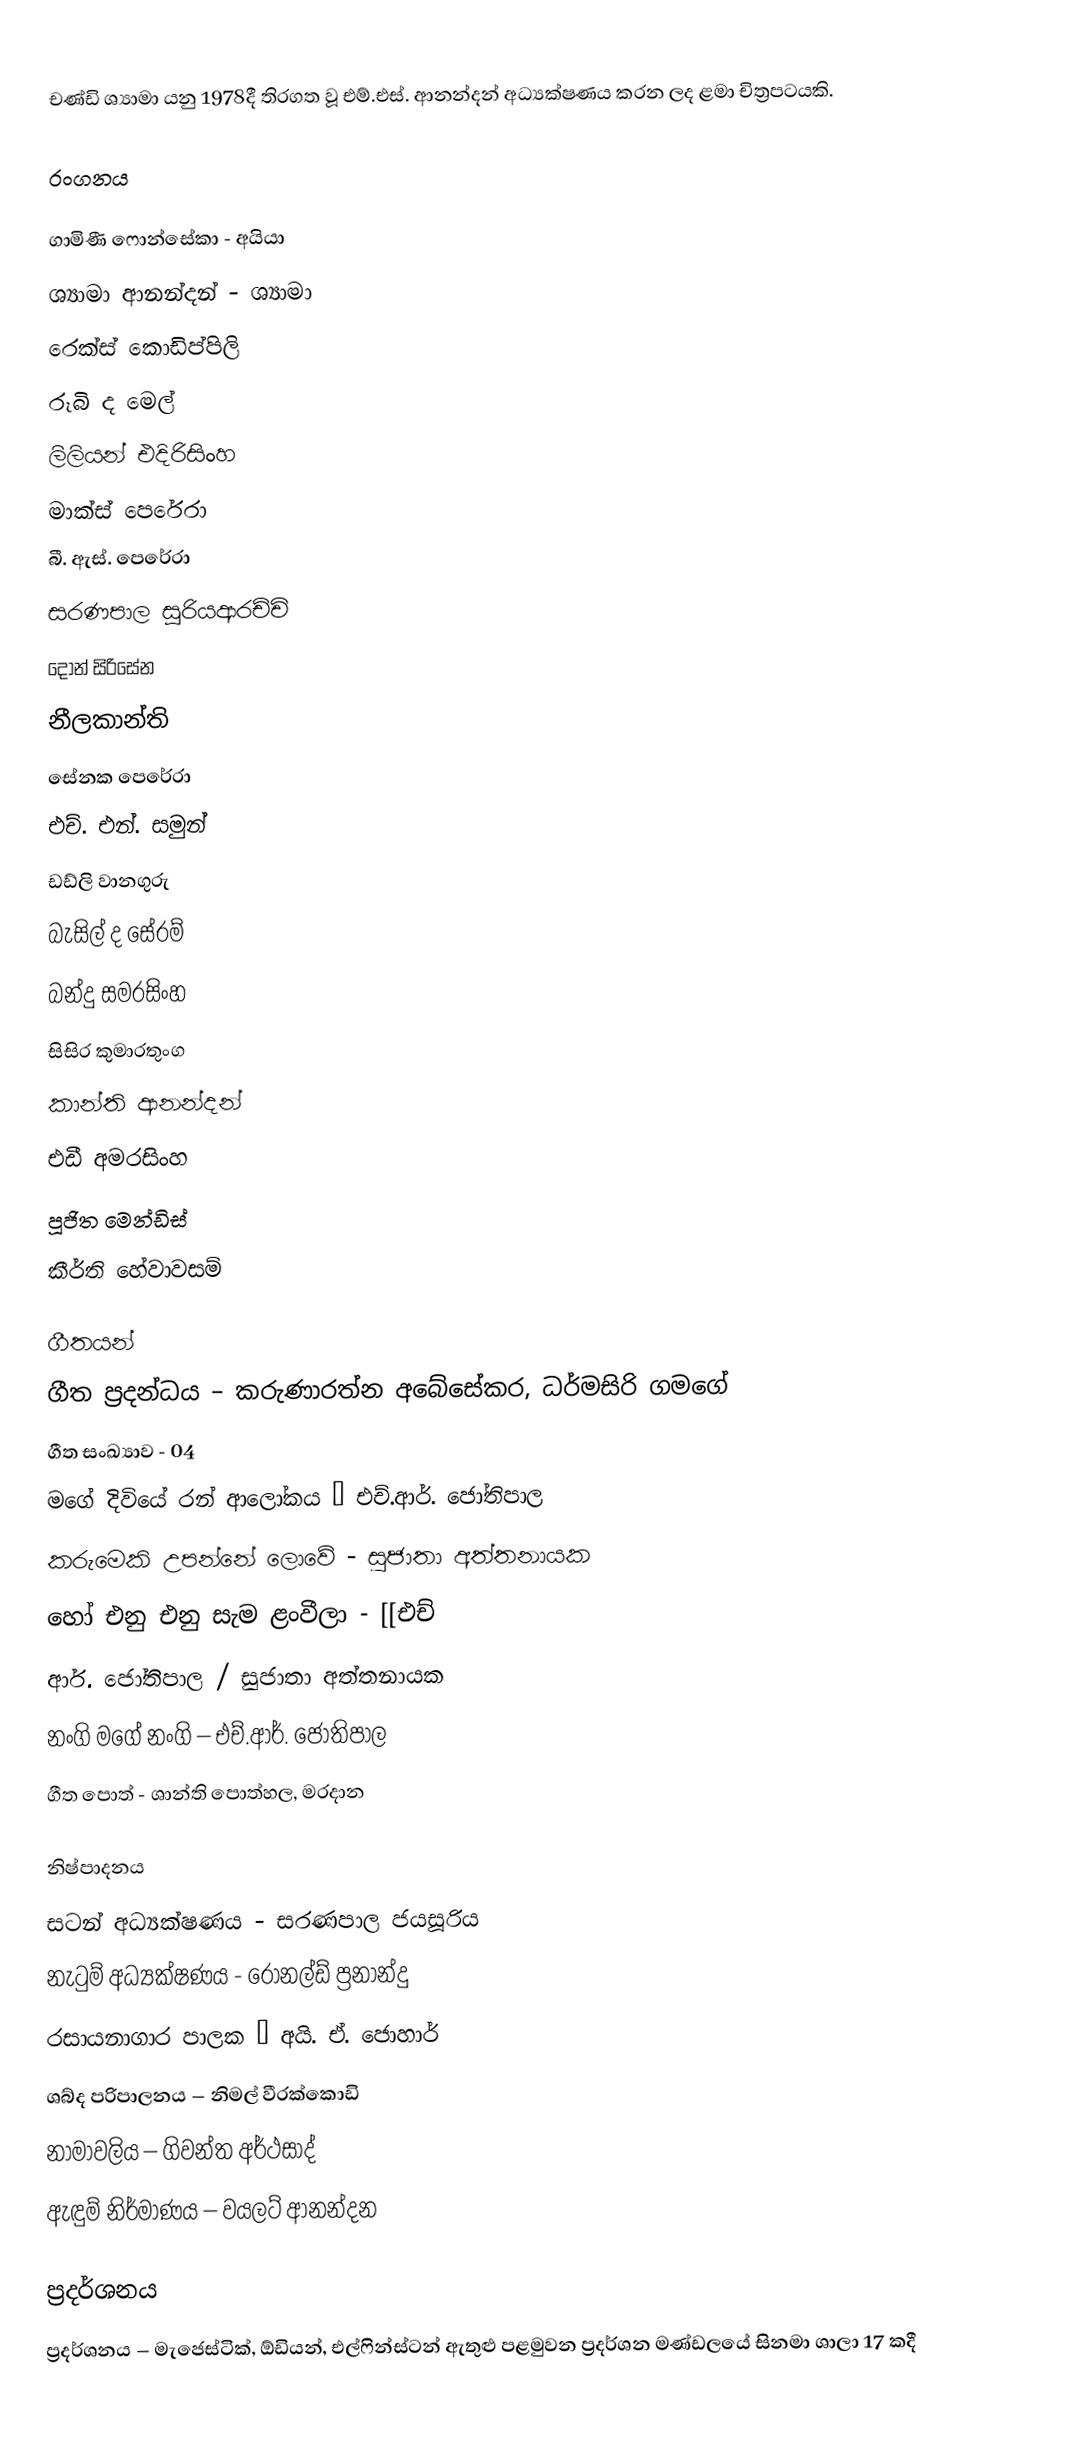
චණ්ඩි ශ්‍යාමා යනු 1978දී තිරගත වූ එම්.එස්. ආනන්දන් අධ්‍යක්ෂණය කරන ලද ළමා චිත්‍රපටයකි.

රංගනය

ගාමිණී ෆොන්සේකා - අයියා
ශ්‍යාමා ආනන්දන් - ශ්‍යාමා
රෙක්ස් කොඩිප්පිලි
රූබි ද මෙල්
ලිලියන් එදිරිසිංහ
මාක්ස් පෙරේරා
බී. ඇස්. පෙරේරා
සරණපාල සූරියආරච්චි
දොන් සිරිසේන
නීලකාන්ති
සේනක පෙරේරා
එච්. එන්. සමුන්
ඩඩ්ලි වානගුරු
බැසිල් ද සේරම්
බන්දු සමරසිංහ
සිසිර කුමාරතුංග
කාන්ති ආනන්දන්
එඩී අමරසිංහ
පූජිත මෙන්ඩිස්
කීර්ති හේවාවසම්

ගීතයන්
ගීත ප්‍රදන්ධය – කරුණාරත්න අබේසේකර, ධර්මසිරි ගමගේ
ගීත සංඛ්‍යාව - 04
මගේ දිවියේ රන් ආලෝකය – එච්.ආර්. ජෝතිපාල
කරුමෙකි උපන්නේ ලොවේ - සුජාතා අත්තනායක
හෝ එනු එනු සැම ළංවීලා - [[එච්
ආර්. ජෝතිපාල / සුජාතා අත්තනායක
නංගි මගේ නංගි – එච්.ආර්. ජෝතිපාල
ගීත පොත් - ශාන්ති පොත්හල, මරදාන

නිෂ්පාදනය
සටන් අධ්‍යක්ෂණය - සරණපාල ජයසූරිය
නැටුම් අධ්‍යක්ෂණය - රොනල්ඩ් ප්‍රනාන්දු
රසායනාගාර පාලක – අයි. ඒ. ජොහාර්
ශබ්ද පරිපාලනය – නිමල් වීරක්කොඩි
නාමාවලිය – ගිවන්ත අර්ථසාද්
ඇඳුම් නිර්මාණය – වයලට් ආනන්දන

ප්‍රදර්ශනය
ප්‍රදර්ශනය – මැජෙස්ටික්, ඕඩියන්, එල්ෆින්ස්ටන් ඇතුළු පළමුවන ප්‍රදර්ශන මණ්ඩලයේ සිනමා ශාලා 17 කදී